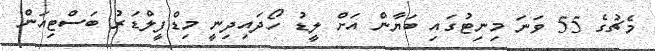
މެޗުގެ 55 ވަނަ މިނިޓުގައި ބަޔާން އަށް ލީޑު ހޯދައިދިނީ މިޑްފީލްޑަރު ބަސްޓިއަން